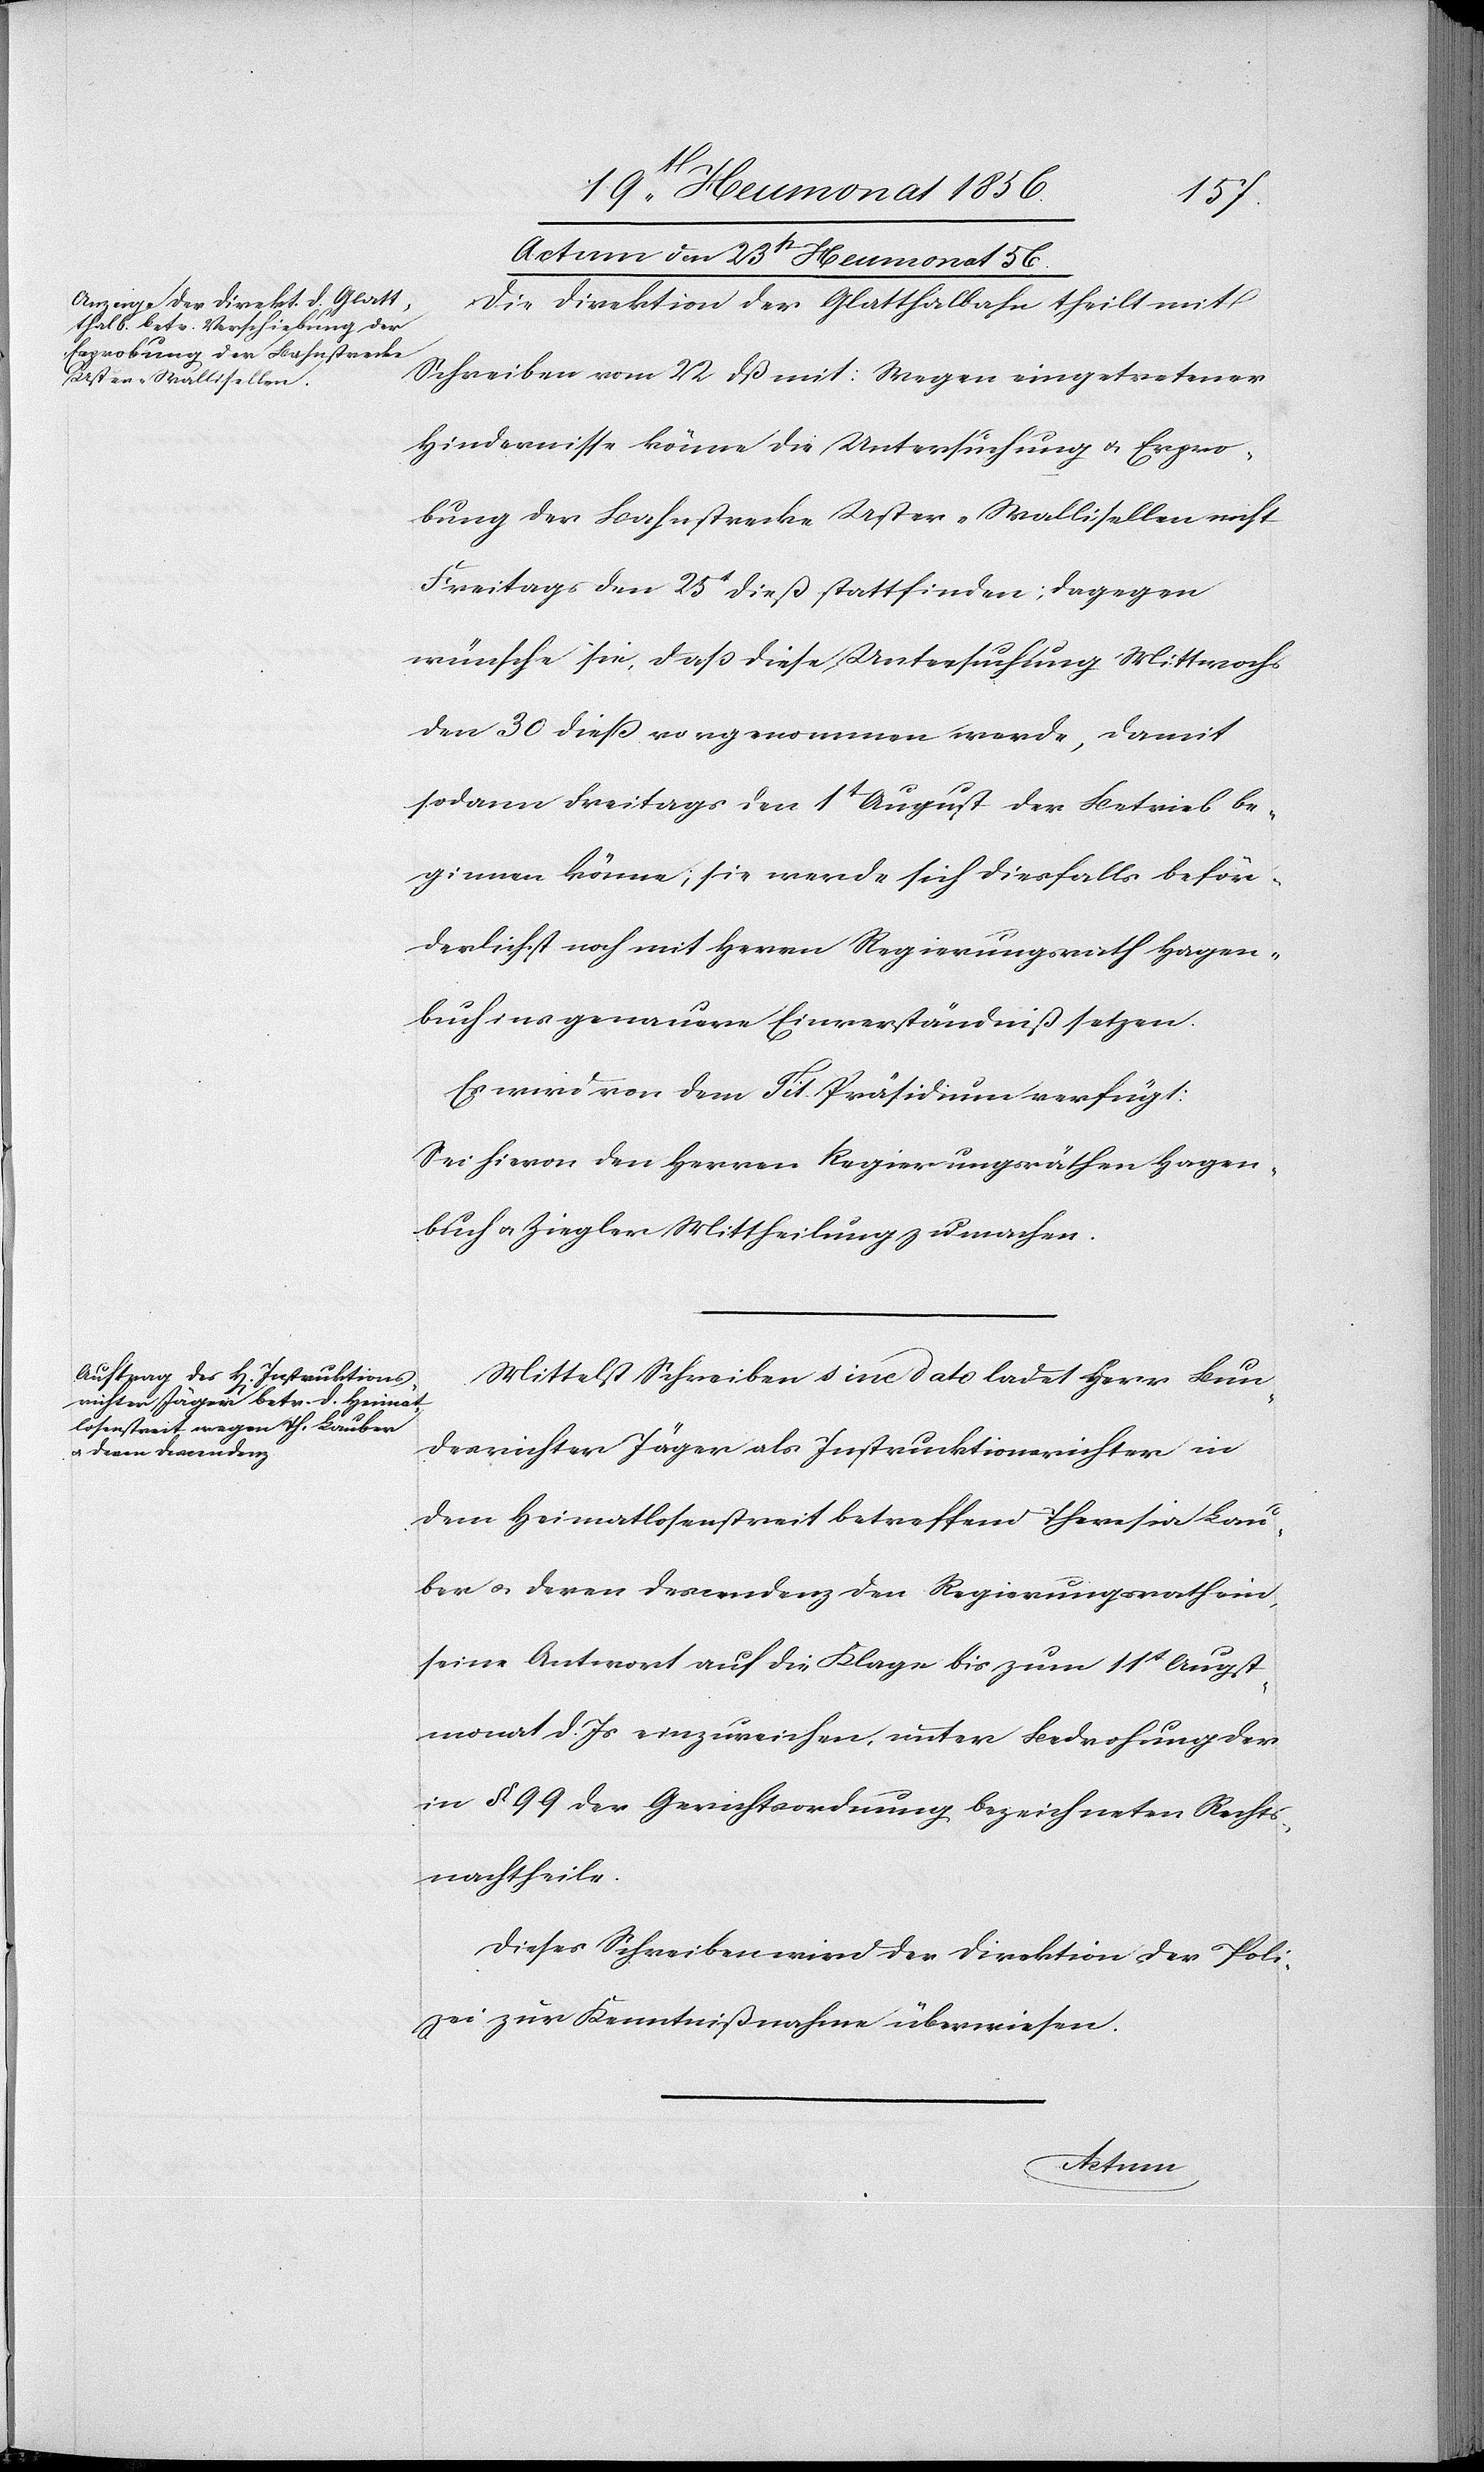
Actum den 23t Heumonat 56.]
Die Direktion der Glatthalbahn theilt mit
Schreiben vom 22 dß mit: Wegen eingetretener
Hindernisse könne die Untersuchung u. Erpro¬
bung der Bahnstrecke Uster-Wallisellen nicht
Freitags den 25 dieß stattfinden; dagegen
wünsche sie, dass diese Untersuchung Mittwochs
den 30 dieß vorgenommen werde, damit
sodann Freitags den 1t August der Betrieb be¬
ginnen könne; sie werde sich diesfalls beför¬
derlichst noch mit Herrn Regierungsrath Hagen¬
buch ins genauere Einverständniß setzen.
Es wird von dem Tit. Präsidium verfügt:
Sei hievon den Herren Regierungsräthen Hagen¬
buch u. Ziegler Mittheilung zu machen.
Mittelst Schreiben sine dato ladet Herr Bun¬
desrichter Jäger als Instruktionsrichter in
dem Heimatlosenstreit betreffend Theresia La¬
ber u. deren Descendenz den Regierungsrath ein,
seine Antwort auf die Klage bis zum 11t Augst¬
monat d. Js einzureichen, unter Bedrohung der
in § 99 der Gerichtsordnung bezeichneten Rechts¬
nachtheile.
Dieses Schreiben wird der Direktion der Poli¬
zei zur Kenntnißnahme überwiesen.